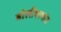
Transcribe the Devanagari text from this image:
बोलीभाषांत